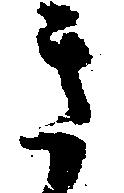
き